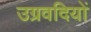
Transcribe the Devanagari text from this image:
उग्रवदियों